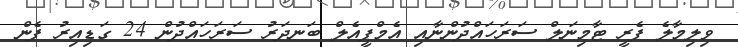
ވިލިމާލެ ފެރީ ޓާމިނަލް ސަރަހައްދުންނާއި އެމްޕީއެލް ބަނދަރު ސަރަހައްދުން 24 ގަޑިއިރު ފެން